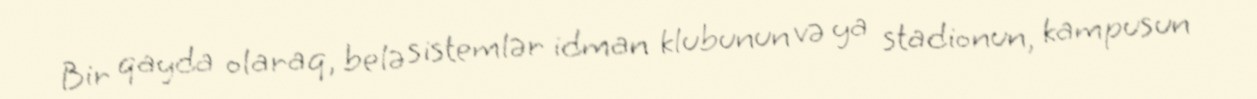
Bir qayda olaraq, belə sistemlər idman klubunun və ya stadionun, kampusun